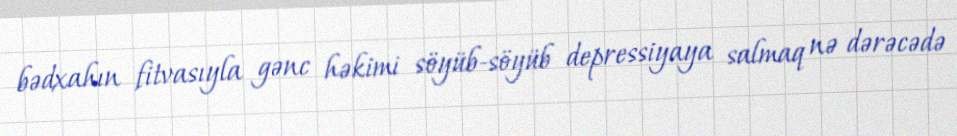
bədxahın fitvasıyla gənc həkimi söyüb-söyüb depressiyaya salmaq nə dərəcədə